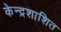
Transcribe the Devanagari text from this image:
केन्द्रशाशित